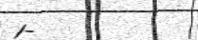
1-